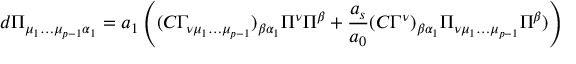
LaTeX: d \Pi _ { \mu _ { 1 } \dots \mu _ { p - 1 } \alpha _ { 1 } } = a _ { 1 } \left( ( C \Gamma _ { \nu \mu _ { 1 } \dots \mu _ { p - 1 } } ) _ { \beta \alpha _ { 1 } } \Pi ^ { \nu } \Pi ^ { \beta } + { \frac { a _ { s } } { a _ { 0 } } } ( C \Gamma ^ { \nu } ) _ { \beta \alpha _ { 1 } } \Pi _ { \nu \mu _ { 1 } \dots \mu _ { p - 1 } } \Pi ^ { \beta } ) \right)